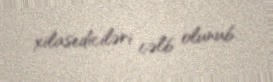
xilasediciləri cəlb olunub.